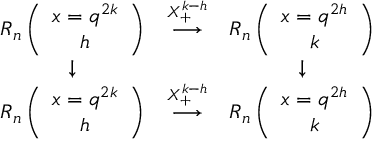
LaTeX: \begin{array} { c c c c c c c c c c c c c c } { { R _ { n } \left( \begin{array} { c } { { x = q ^ { 2 k } } } \\ { { h } } \end{array} \right) } } & { { \stackrel { X _ { + } ^ { k - h } } { \longrightarrow } } } & { { R _ { n } \left( \begin{array} { c } { { x = q ^ { 2 h } } } \\ { { k } } \end{array} \right) } } \\ { { \downarrow } } & { { } } & { { \downarrow } } \\ { { R _ { n } \left( \begin{array} { c } { { x = q ^ { 2 k } } } \\ { { h } } \end{array} \right) } } & { { \stackrel { X _ { + } ^ { k - h } } { \longrightarrow } } } & { { R _ { n } \left( \begin{array} { c } { { x = q ^ { 2 h } } } \\ { { k } } \end{array} \right) } } \end{array}